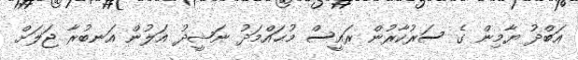
ޢަބްދު ޔާމިން ގެ ސަރުކާރުން ރައީސް މުޙައްމަދު ނަޝީދު އަލުން އަނބުރާ ޖަލަށް